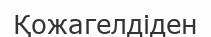
Қожагелдіден